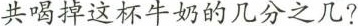
共喝掉这杯牛奶的几分之几?